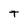
Character: T